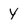
Character: Y